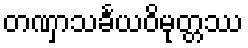
တဏှာသင်္ခယဝိမုတ္တဿ